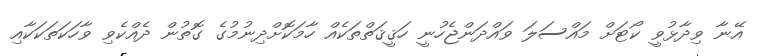
އޭނާ ވިދާޅުވީ ކޯޓަށް މައްސަލަ ވައްދަންޖެހުނީ ހަޤީޤަތްތަކެއް ހާމަކޮށްދިނުމުގެ ގޮތުން ދެއްކެވި ވާހަކަތަކަކާއި